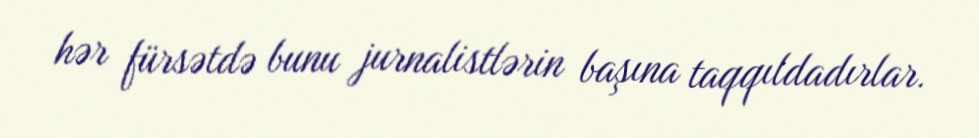
hər fürsətdə bunu jurnalistlərin başına taqqıldadırlar.